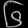
Digit: ၆